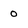
Character: 0